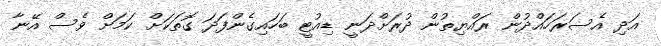
އަދި އެސަރަހައްދުން ރައްޔިތުން ދުރަށްދަނީ ޑިއުޓީ ބަހައިގެންފަދަ ގޮތަކަށް ކަމަށް ވެސް އޭނާ